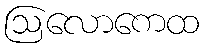
ဩလောကေထ